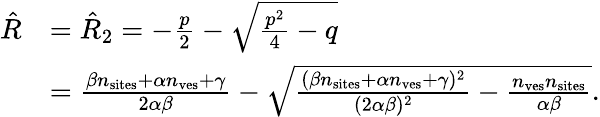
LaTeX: \begin{array}{rl}{\hat{R}}&{=\hat{R}_{2}=-\frac{p}{2}-\sqrt{\frac{p^{2}}{4}-q}}\\ &{=\frac{\beta n_{\mathrm{sites}}+\alpha n_{\mathrm{ves}}+\gamma}{2\alpha\beta}-\sqrt{\frac{(\beta n_{\mathrm{sites}}+\alpha n_{\mathrm{ves}}+\gamma)^{2}}{(2\alpha\beta)^{2}}-\frac{n_{\mathrm{ves}}n_{\mathrm{sites}}}{\alpha\beta}}.}\end{array}